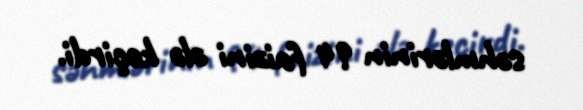
səhmlərinin 94 faizini ələ keçirdi.